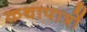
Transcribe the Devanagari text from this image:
कथापात्रों